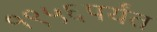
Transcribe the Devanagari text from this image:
१९५६पर्यंत